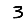
Digit: 3